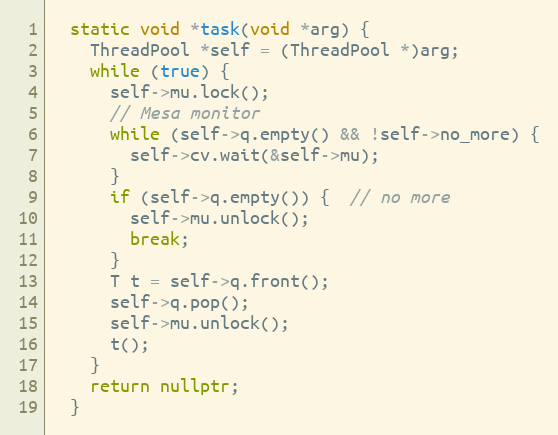
Language: C++
  static void *task(void *arg) {
    ThreadPool *self = (ThreadPool *)arg;
    while (true) {
      self->mu.lock();
      // Mesa monitor
      while (self->q.empty() && !self->no_more) {
        self->cv.wait(&self->mu);
      }
      if (self->q.empty()) {  // no more
        self->mu.unlock();
        break;
      }
      T t = self->q.front();
      self->q.pop();
      self->mu.unlock();
      t();
    }
    return nullptr;
  }